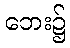
ဘေး၌